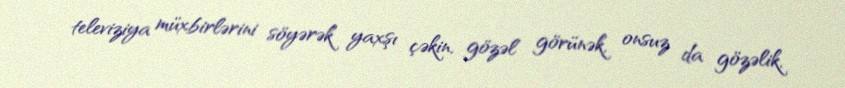
televiziya müxbirlərini söyərək“ yaxşı çəkin, gözəl görünək, onsuz da gözəlik,